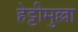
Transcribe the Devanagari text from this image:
हेट्टीमुल्ला